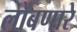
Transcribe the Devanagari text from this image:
लोंबणारे